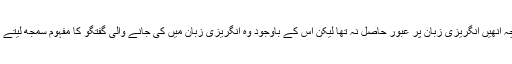
اگر چہ انھیں انگریزی زبان پر عبور حاصل نہ تھا لیکن اس کے باوجود وہ انگریزی زبان میں کی جانے والی گفتگو کا مفہوم سمجھ لیتے تھے۔